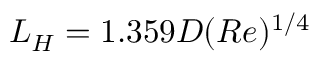
\begin{array} { r } { L _ { H } = 1 . 3 5 9 D ( R e ) ^ { 1 / 4 } } \end{array}